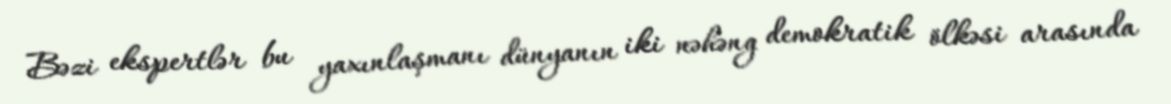
Bəzi ekspertlər bu yaxınlaşmanı dünyanın iki nəhəng demokratik ölkəsi arasında